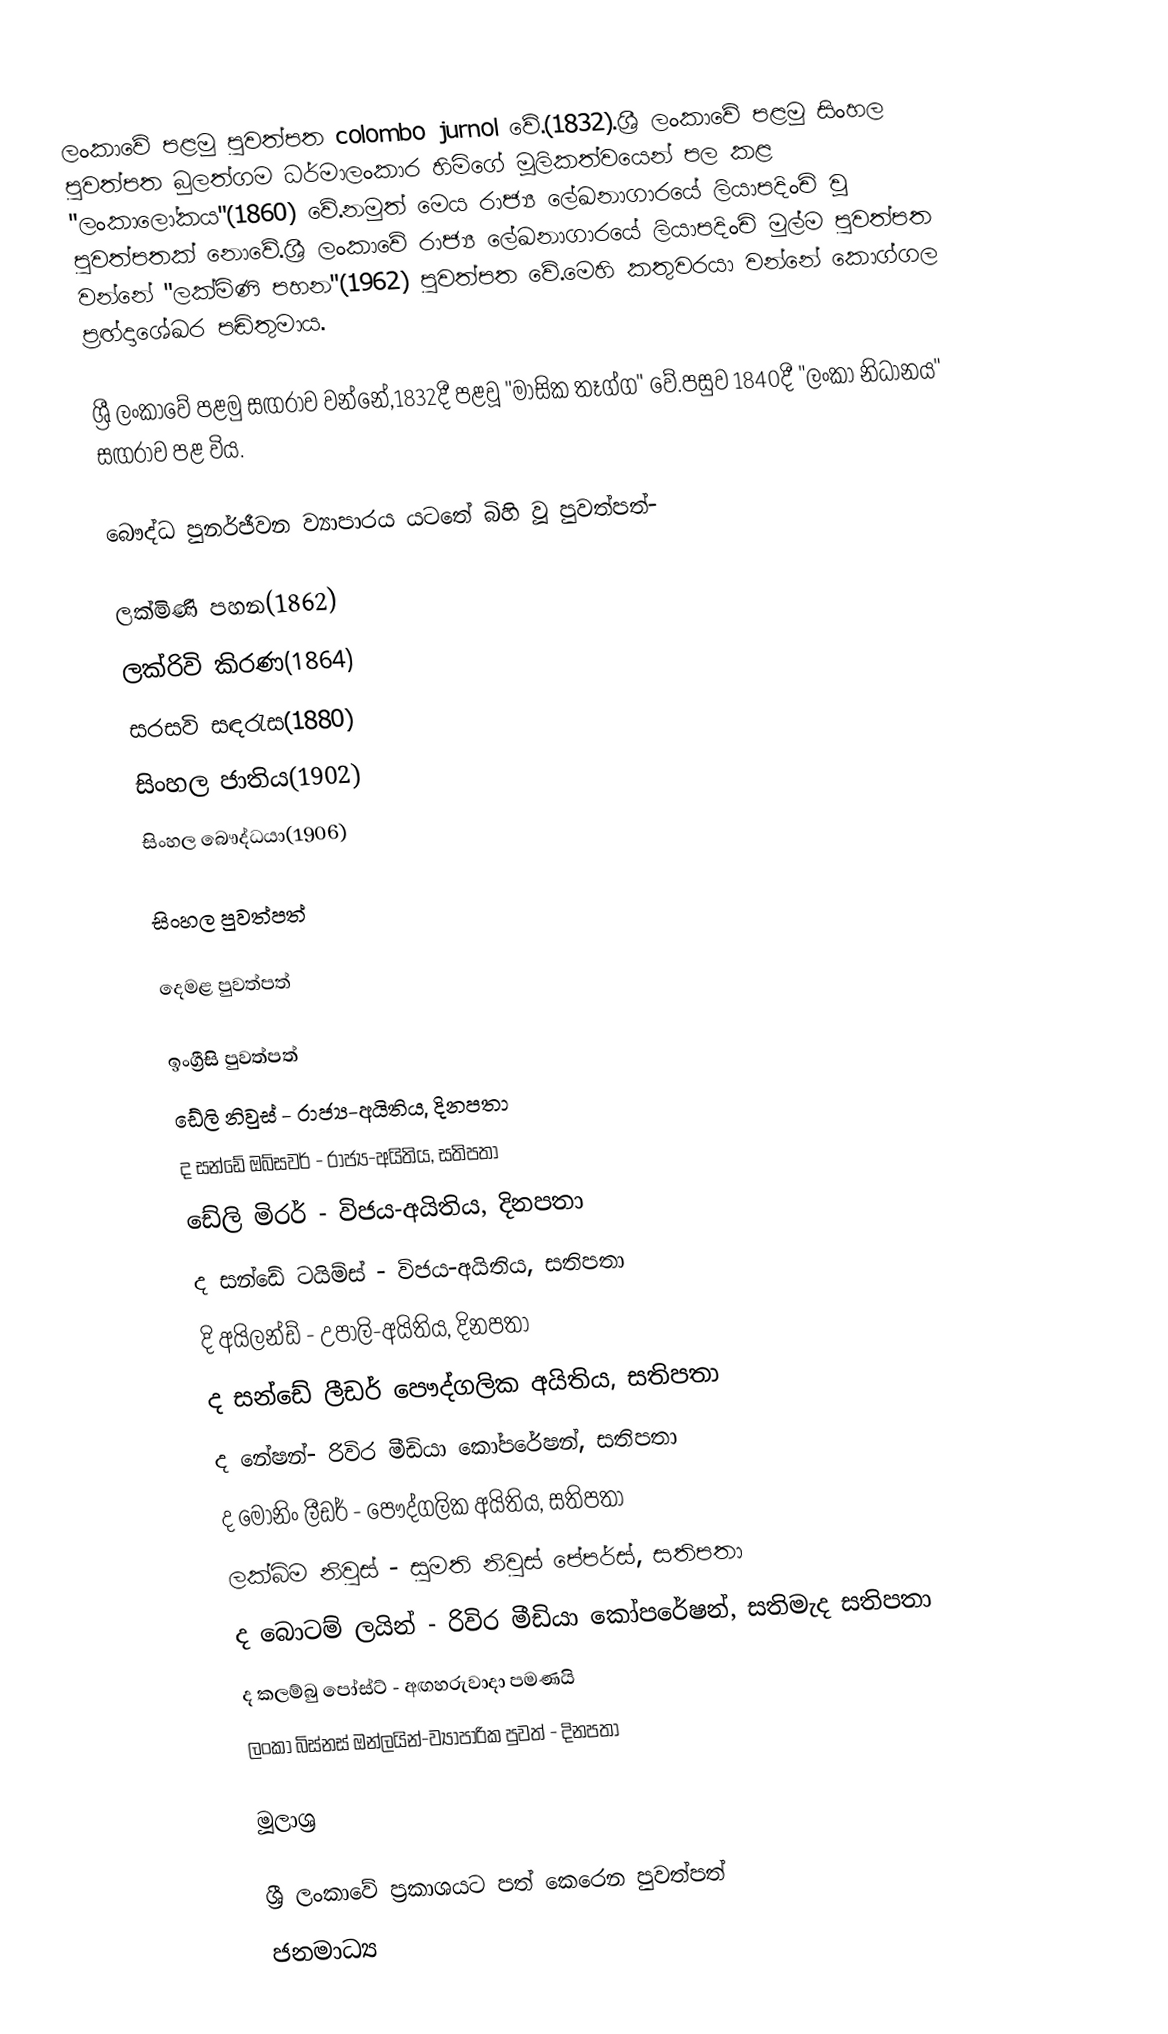
ලංකාවේ පළමු පුවත්පත colombo jurnol වේ.(1832).ශ්‍රී ලංකාවේ පළමු සිංහල පුවත්පත බුලත්ගම ධර්මාලංකාර හිමිගේ මූලිකත්වයෙන් පල කළ  "ලංකාලෝකය"(1860) වේ.නමුත් මෙය රාජ්‍ය ලේඛනාගාරයේ ලියාපදිංචි වූ පුවත්පතක් නොවේ.ශ්‍රී ලංකාවේ රාජ්‍ය ලේඛනාගාරයේ ලියාපදිංචි මුල්ම පුවත්පත වන්නේ "ලක්මිණි පහන"(1962) පුවත්පත වේ.මෙහි කතුවරයා වන්නේ කොග්ගල ප්‍රඟ්දාශේඛර පඬිතුමාය.

ශ්‍රී ලංකාවේ පළමු සඟරාව වන්නේ,1832දී පළවූ "මාසික තෑග්ග" වේ.පසුව 1840දී "ලංකා නිධානය" සඟරාව පළ විය.

බෞද්ධ පුනර්ජීවන ව්‍යාපාරය යටතේ බිහි වූ පුවත්පත්-

 ලක්මිණි පහන(1862)
 ලක්රිවි කිරණ(1864)
 සරසවි සඳරැස(1880)
 සිංහල ජාතිය(1902)
 සිංහල බෞද්ධයා(1906)

සිංහල  පුවත්පත්

දෙමළ පුවත්පත්

ඉංග්‍රීසි පුවත්පත්
 ඩේලි නිවුස් - රාජ්‍ය-අයිතිය, දිනපතා
 ද සන්ඩේ ඔබ්සවර් - රාජ්‍ය-අයිතිය, සතිපතා
 ඩේලි මිරර් - විජය-අයිතිය, දිනපතා
 ද සන්ඩේ ටයිම්ස් - විජය-අයිතිය, සතිපතා
 දි  අයිලන්ඩ් - උපාලි-අයිතිය, දිනපතා
 ද සන්ඩේ ලීඩර් පෞද්ගලික අයිතිය, සතිපතා
 ද නේෂන්- රිවිර මීඩියා කෝපරේෂන්, සතිපතා
 ද මෝනිං ලීඩර් - පෞද්ගලික අයිතිය, සතිපතා
 ලක්බිම නිවුස් - සුමති නිවුස් පේපර්ස්, සතිපතා
 ද බොටම් ලයින් - රිවිර මීඩියා කෝපරේෂන්, සතිමැද සතිපතා
 ද කලම්බු පෝස්ට් - අඟහරුවාදා පමණයි
ලංකා බිස්නස් ඔන්ලයින්-ව්‍යාපාරික පුවත් - දිනපතා

මූලාශ්‍ර

ශ්‍රී ලංකාවේ ප්‍රකාශයට පත් කෙරෙන පුවත්පත්
 ජනමාධ්‍ය